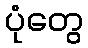
ပုံတွေ